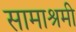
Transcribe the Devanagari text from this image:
सामाश्रमी